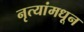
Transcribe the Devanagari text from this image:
नृत्यांमधून